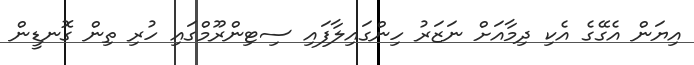
އިޔަން އެގޭގެ އެކި ދިމާއަށް ނަޒަރު ހިންގައިލާފައި ސިޓިންރޫމްގައި ހުރި ތިން ގޮނޑީން